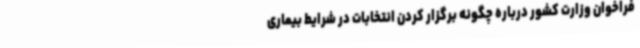
فراخوان وزارت کشور درباره چگونه برگزار کردن انتخابات در شرایط بیماری